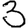
Digit: 3